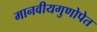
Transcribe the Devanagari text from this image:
मानवीयगुणोपेत